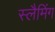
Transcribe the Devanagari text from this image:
स्लैमिंग